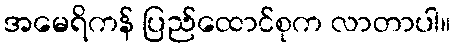
အမေရိကန် ပြည်ထောင်စုက လာတာပါ။